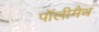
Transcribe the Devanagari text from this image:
पॉलीमैथ